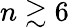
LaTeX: n\gtrsim 6